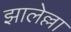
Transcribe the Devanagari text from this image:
झालेल्ला